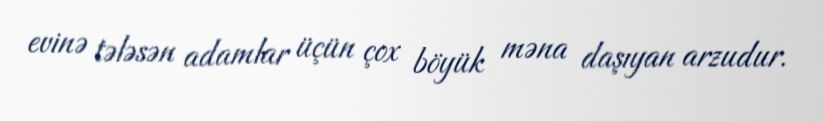
evinə tələsən adamlar üçün çox böyük məna daşıyan arzudur.